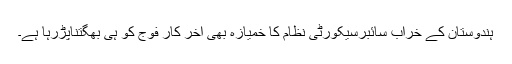
ہندوستان کے خراب سائبرسیکورٹی نظام کا خمیازہ بھی آخر کار فوج کو ہی بھگتناپڑرہا ہے۔